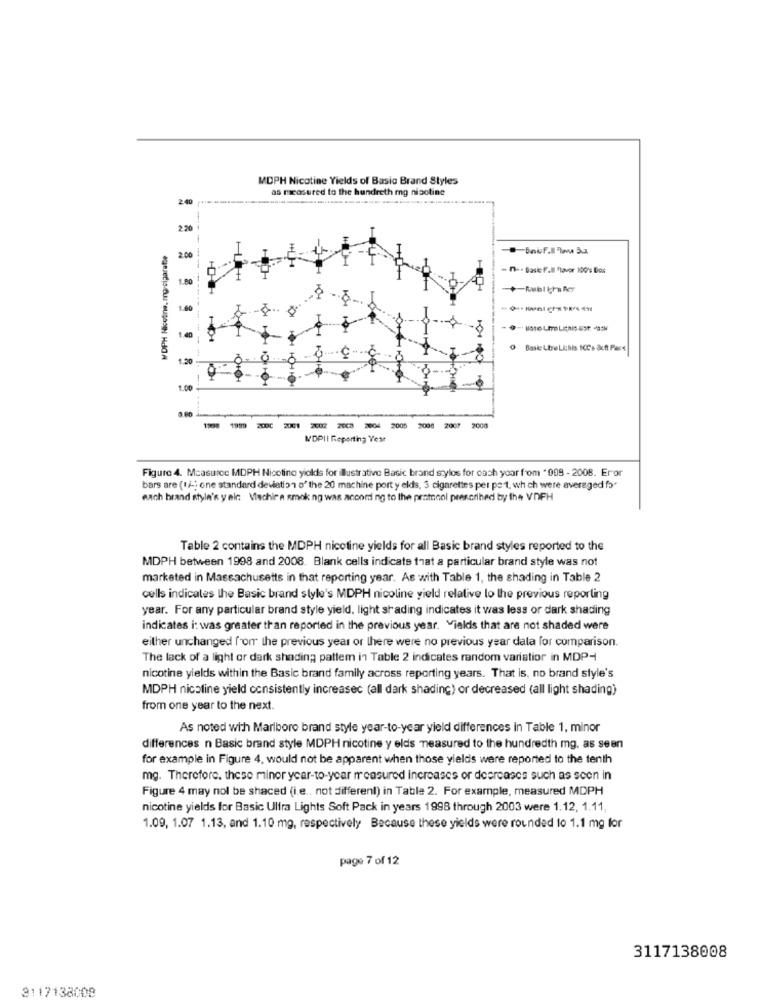
MDPH Nicotine Yields of Basic Brand Styles
as measured to the hundreth mg nicotine
2.40
-
2.20
WDPH Nicotine, mgrcigarette
2.00
- n -. Dasik F.I "lavor 100's Dos
1.80
-+-Rwbl khaßer
------------
Q Basic Ltre Lichis ICCs äuft Pacx
1.20
1.00
1999
R 2008 2004
05 2008 2007
2008
MDPII Reporting Year
Figure 4. Mcasurce MDPH Nicotine yiolds for illustrative Basic brand stylos for each year from "908 - 2008. Eror
bars are (1/ -; one standard deviation o" the 20 machine port y elds, 3 cigarettes per pet, which were averaged fo"
each brand style's y air: Viachir a smoking was according to the protocol prescribed by the VDFH
Table 2 contains the MDPH nicotine yields for all Basic brand styles reported to the
MDPH between 1998 and 2008. Blank cells indicate that a particular brand style was not
marketed in Massachusetts in that reporting year. As with Table 1, the shading in Table 2
cells indicates the Basic brand style's MDPH nicoline yield relative to the previous reporting
year. For any particular brand style yield, light shading indicates it was less or dark shading
indicates i: was greater than reported in the previous year. Yields that are not shaded were
either unchanged from the previous year or there were no previous year data for comparison.
The lack of a light or dark shading pattem in Table 2 indicates random variatior in MDP-
nicotine yields within the Basic brand family across reporting years. That is, no brand style's
MDPH nicoline yield consistently increasec (all dark shading) or decreased (all light shading)
from one year to the next.
As noted with Marlboro brand style year-to-year yield differences in Table 1, minor
differences n Basic brand style MDPH nicotine y elds measured to the hundredth mg, as seen
for example in Figure 4, would not be apparent when those yields were reported to the tenth
mg. Therefore. these minor ycar-to-year measured increases or decreases such as seen in
Figure 4 may nol be shaced (i.e ., not differenl) in Table 2. For example, measured MDPH
nicotine yields for Basic Ultra Lights Soft Pack in years 1998 through 2003 were 1.12, 1.11,
1.09, 1.07 1.13, and 1.10 mg, respectively Because these yields were rounded 10 1.1 mg for
page 7 of 12
3117138008
3117138008